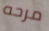
مرحه